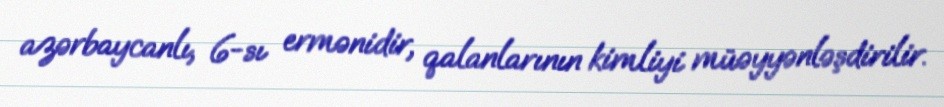
azərbaycanlı, 6-sı ermənidir, qalanlarının kimliyi müəyyənləşdirilir.